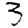
Digit: 3